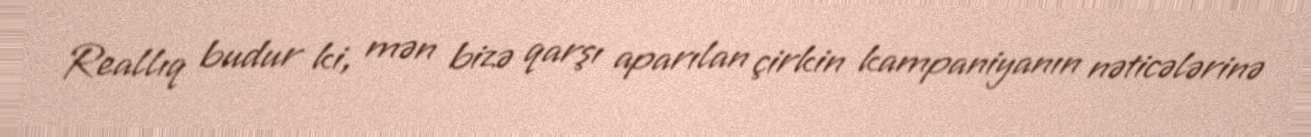
Reallıq budur ki, mən bizə qarşı aparılan çirkin kampaniyanın nəticələrinə